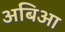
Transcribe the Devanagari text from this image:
अबिआ